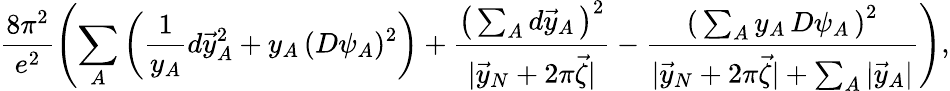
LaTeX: \frac{8\pi^{2}}{e^{2}}\left(\sum_{A}\left(\frac{1}{y_{A}}d\vec{y}_{A}^{2}+y_{A}\, (D\psi_{A})^{2}\right)+\frac{\left(\, \sum_{A}d\vec{y}_{A}\, \right)^{2}}{|\vec{y}_{N}+2\pi\vec{\zeta}|}-\frac{\left(\, \sum_{A}y_{A}\, D\psi_{A}\, \right)^{2}}{|\vec{y}_{N}+2\pi\vec{\zeta}|+\sum_{A}|\vec{y}_{A}|}\right),